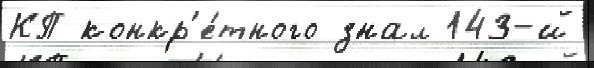
КП конкр'е́тного знал 143-й